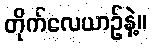
တိုက်လေယာဥ်နဲ့။